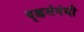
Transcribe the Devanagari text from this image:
वृक्कसंबंधी